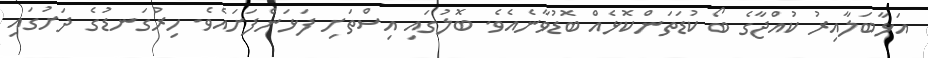
އަޅާބަލާއިރު ކުއްޖާގެ ބޯ ކުޑަތަންކޮޅެއް ބޮޑުވާނެއެވެ. ބޮލުގައި އިސްތަށި ފަޅަންފަށައެވެ. ހިރުގަނޑުގެ ދަށުގައި